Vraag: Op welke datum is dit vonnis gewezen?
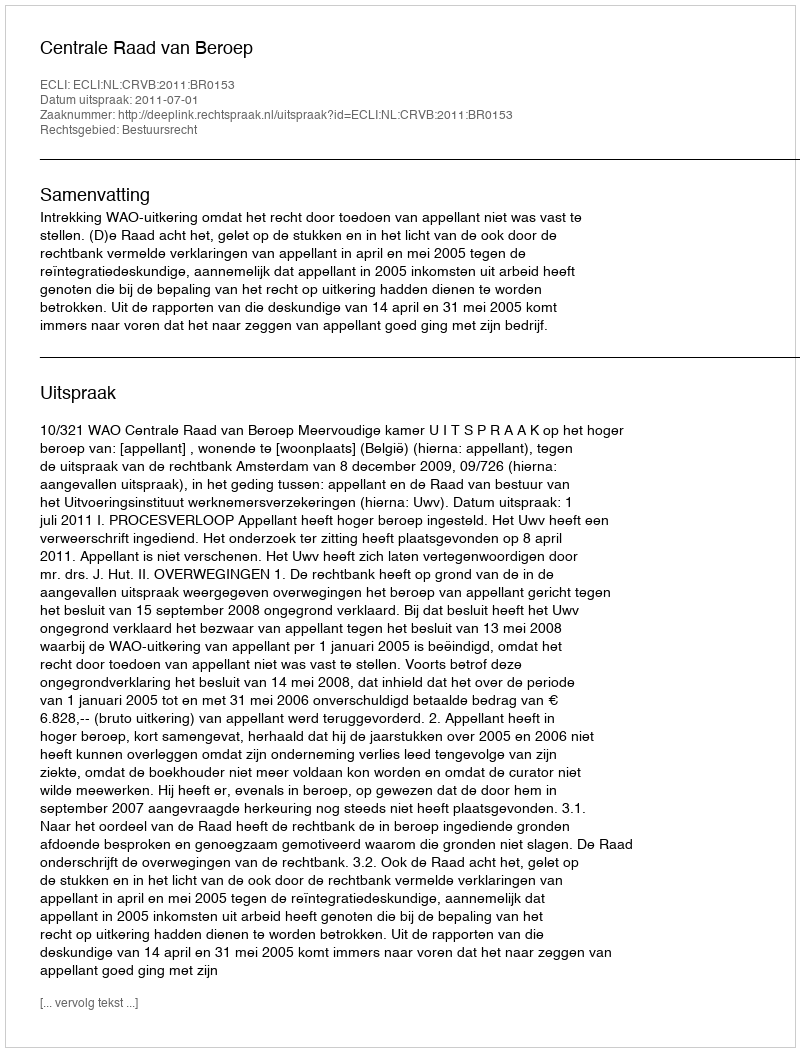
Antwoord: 2011-07-01